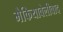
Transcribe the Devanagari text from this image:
मैकियावेलीवाद